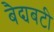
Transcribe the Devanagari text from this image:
बैद्यबटी